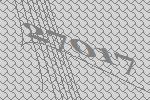
27017